Bréfritari: Jóhannes Guðmundsson
Viðtakandi: Jón Borgfirðings Jónsson
Dagsetning: A-1860-11-26
Skrifað á: Gunnsteinsstöðum  A-Hún.

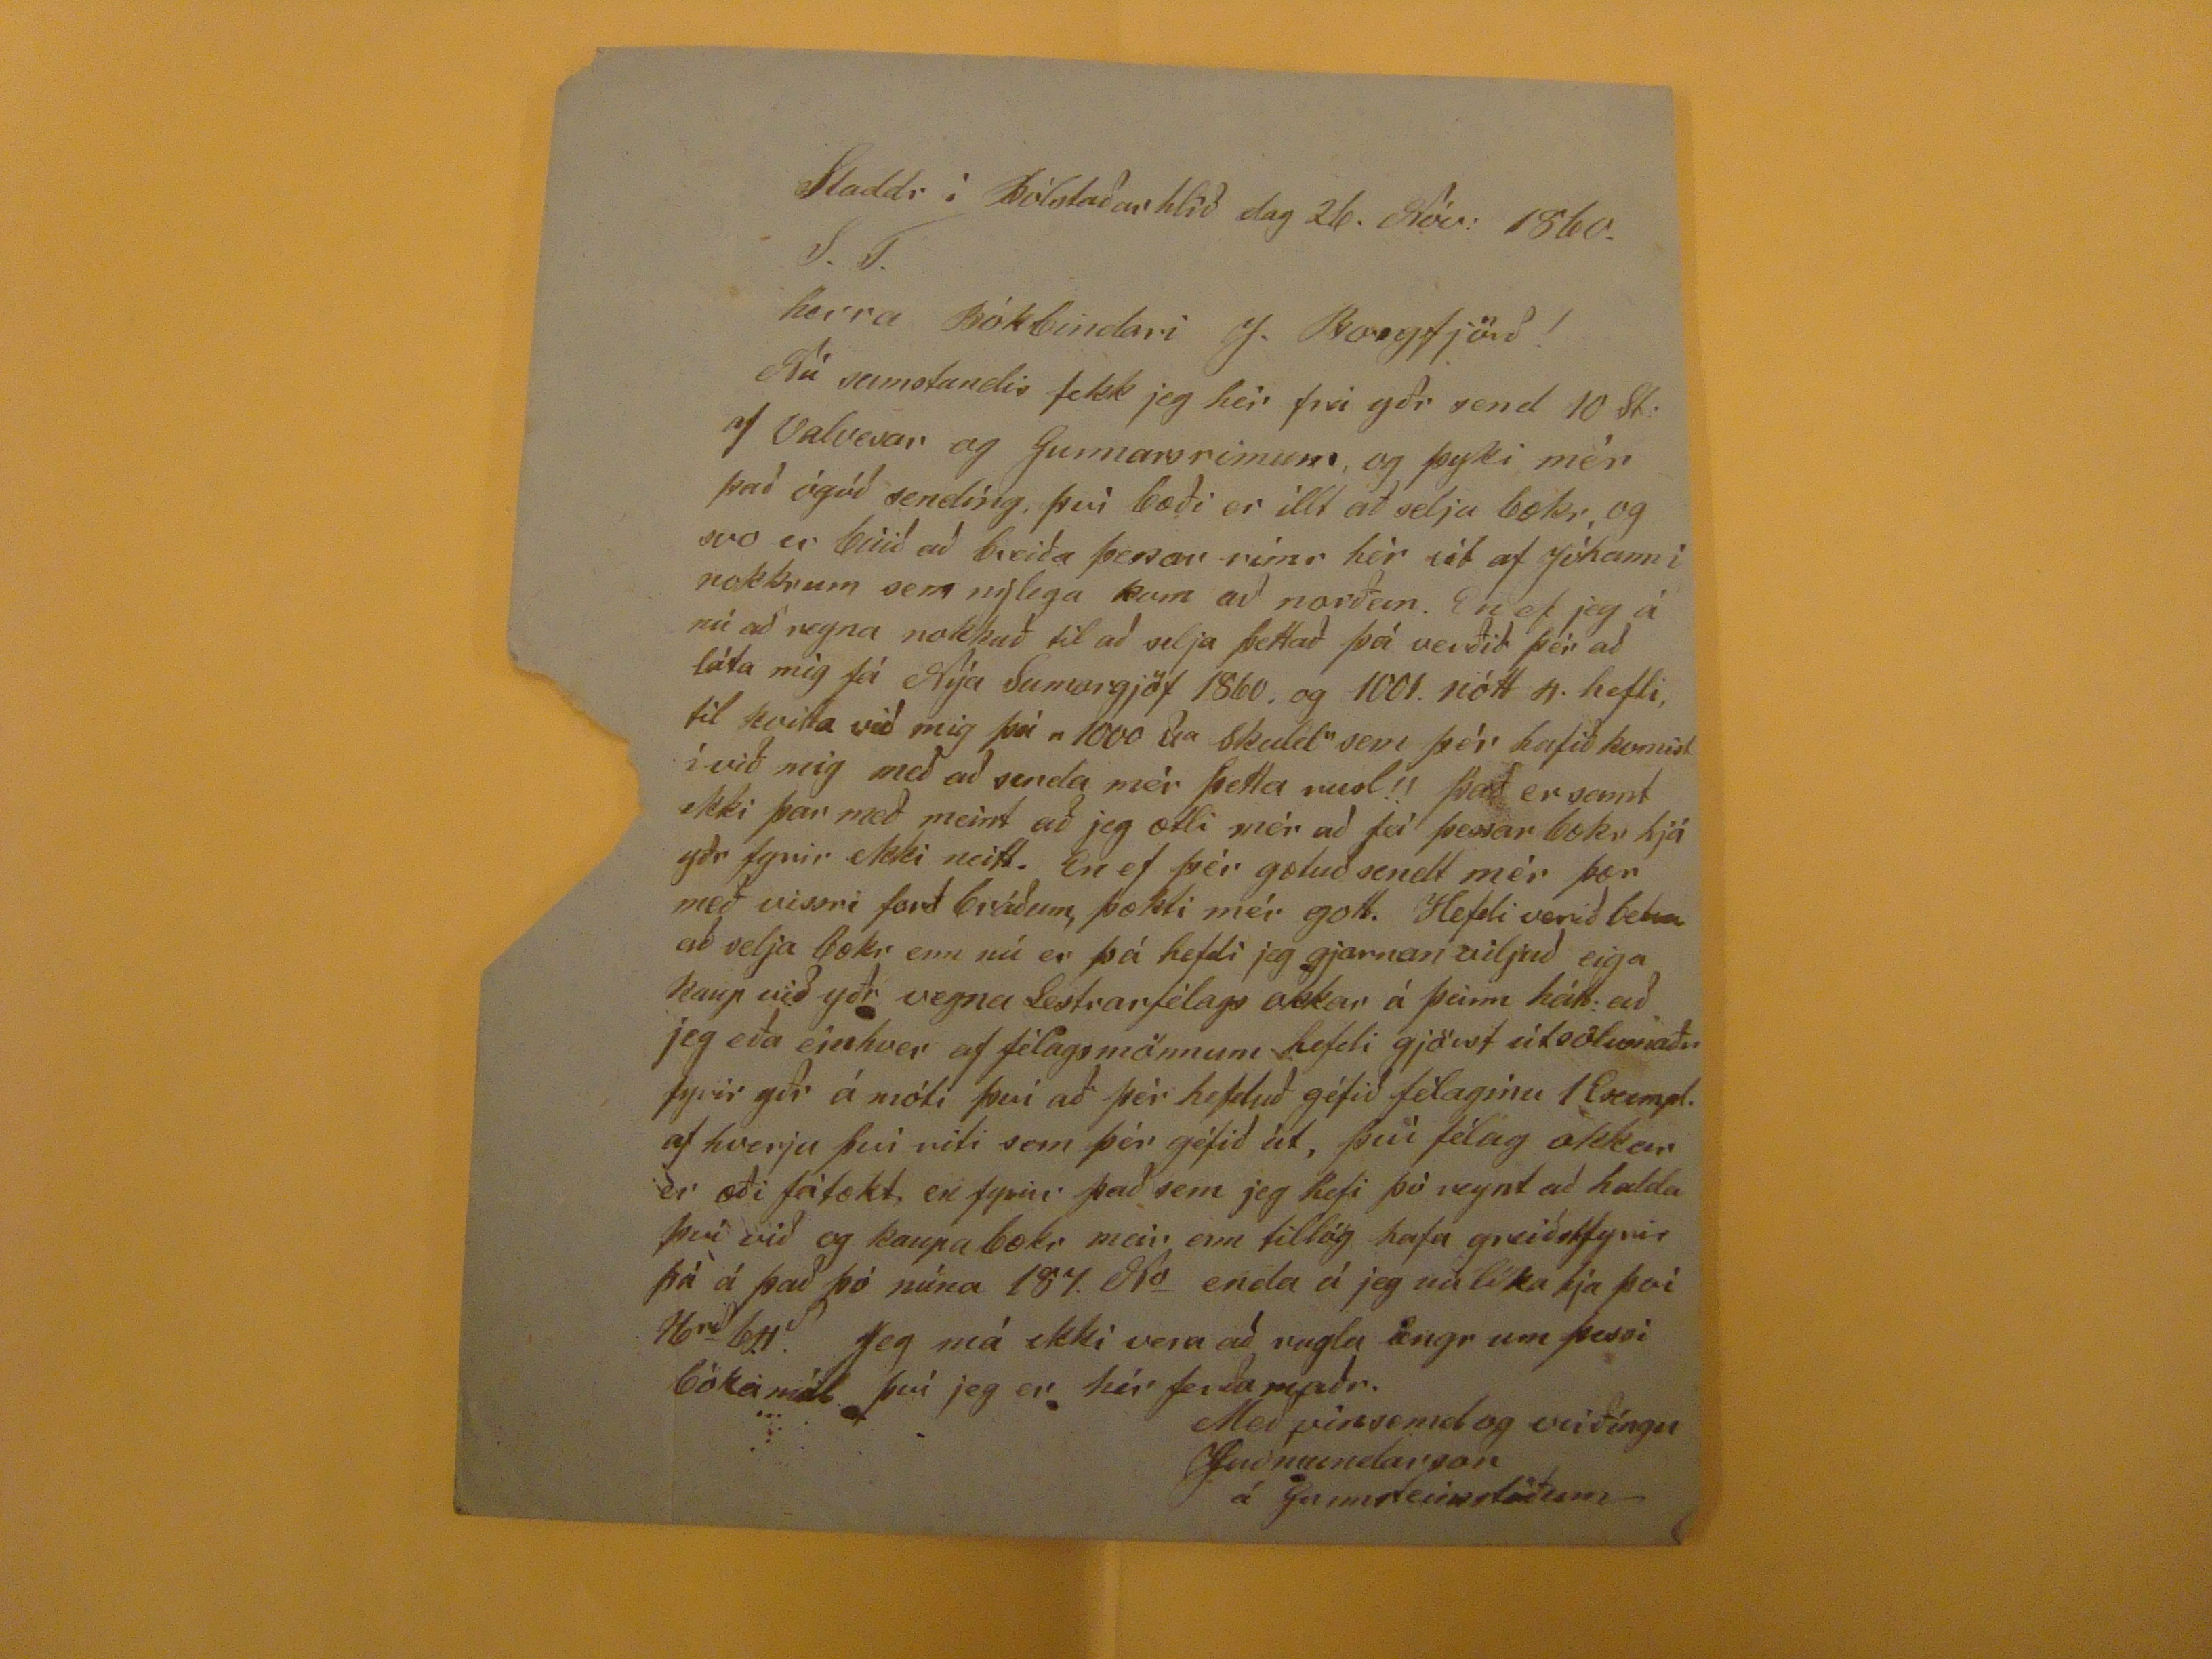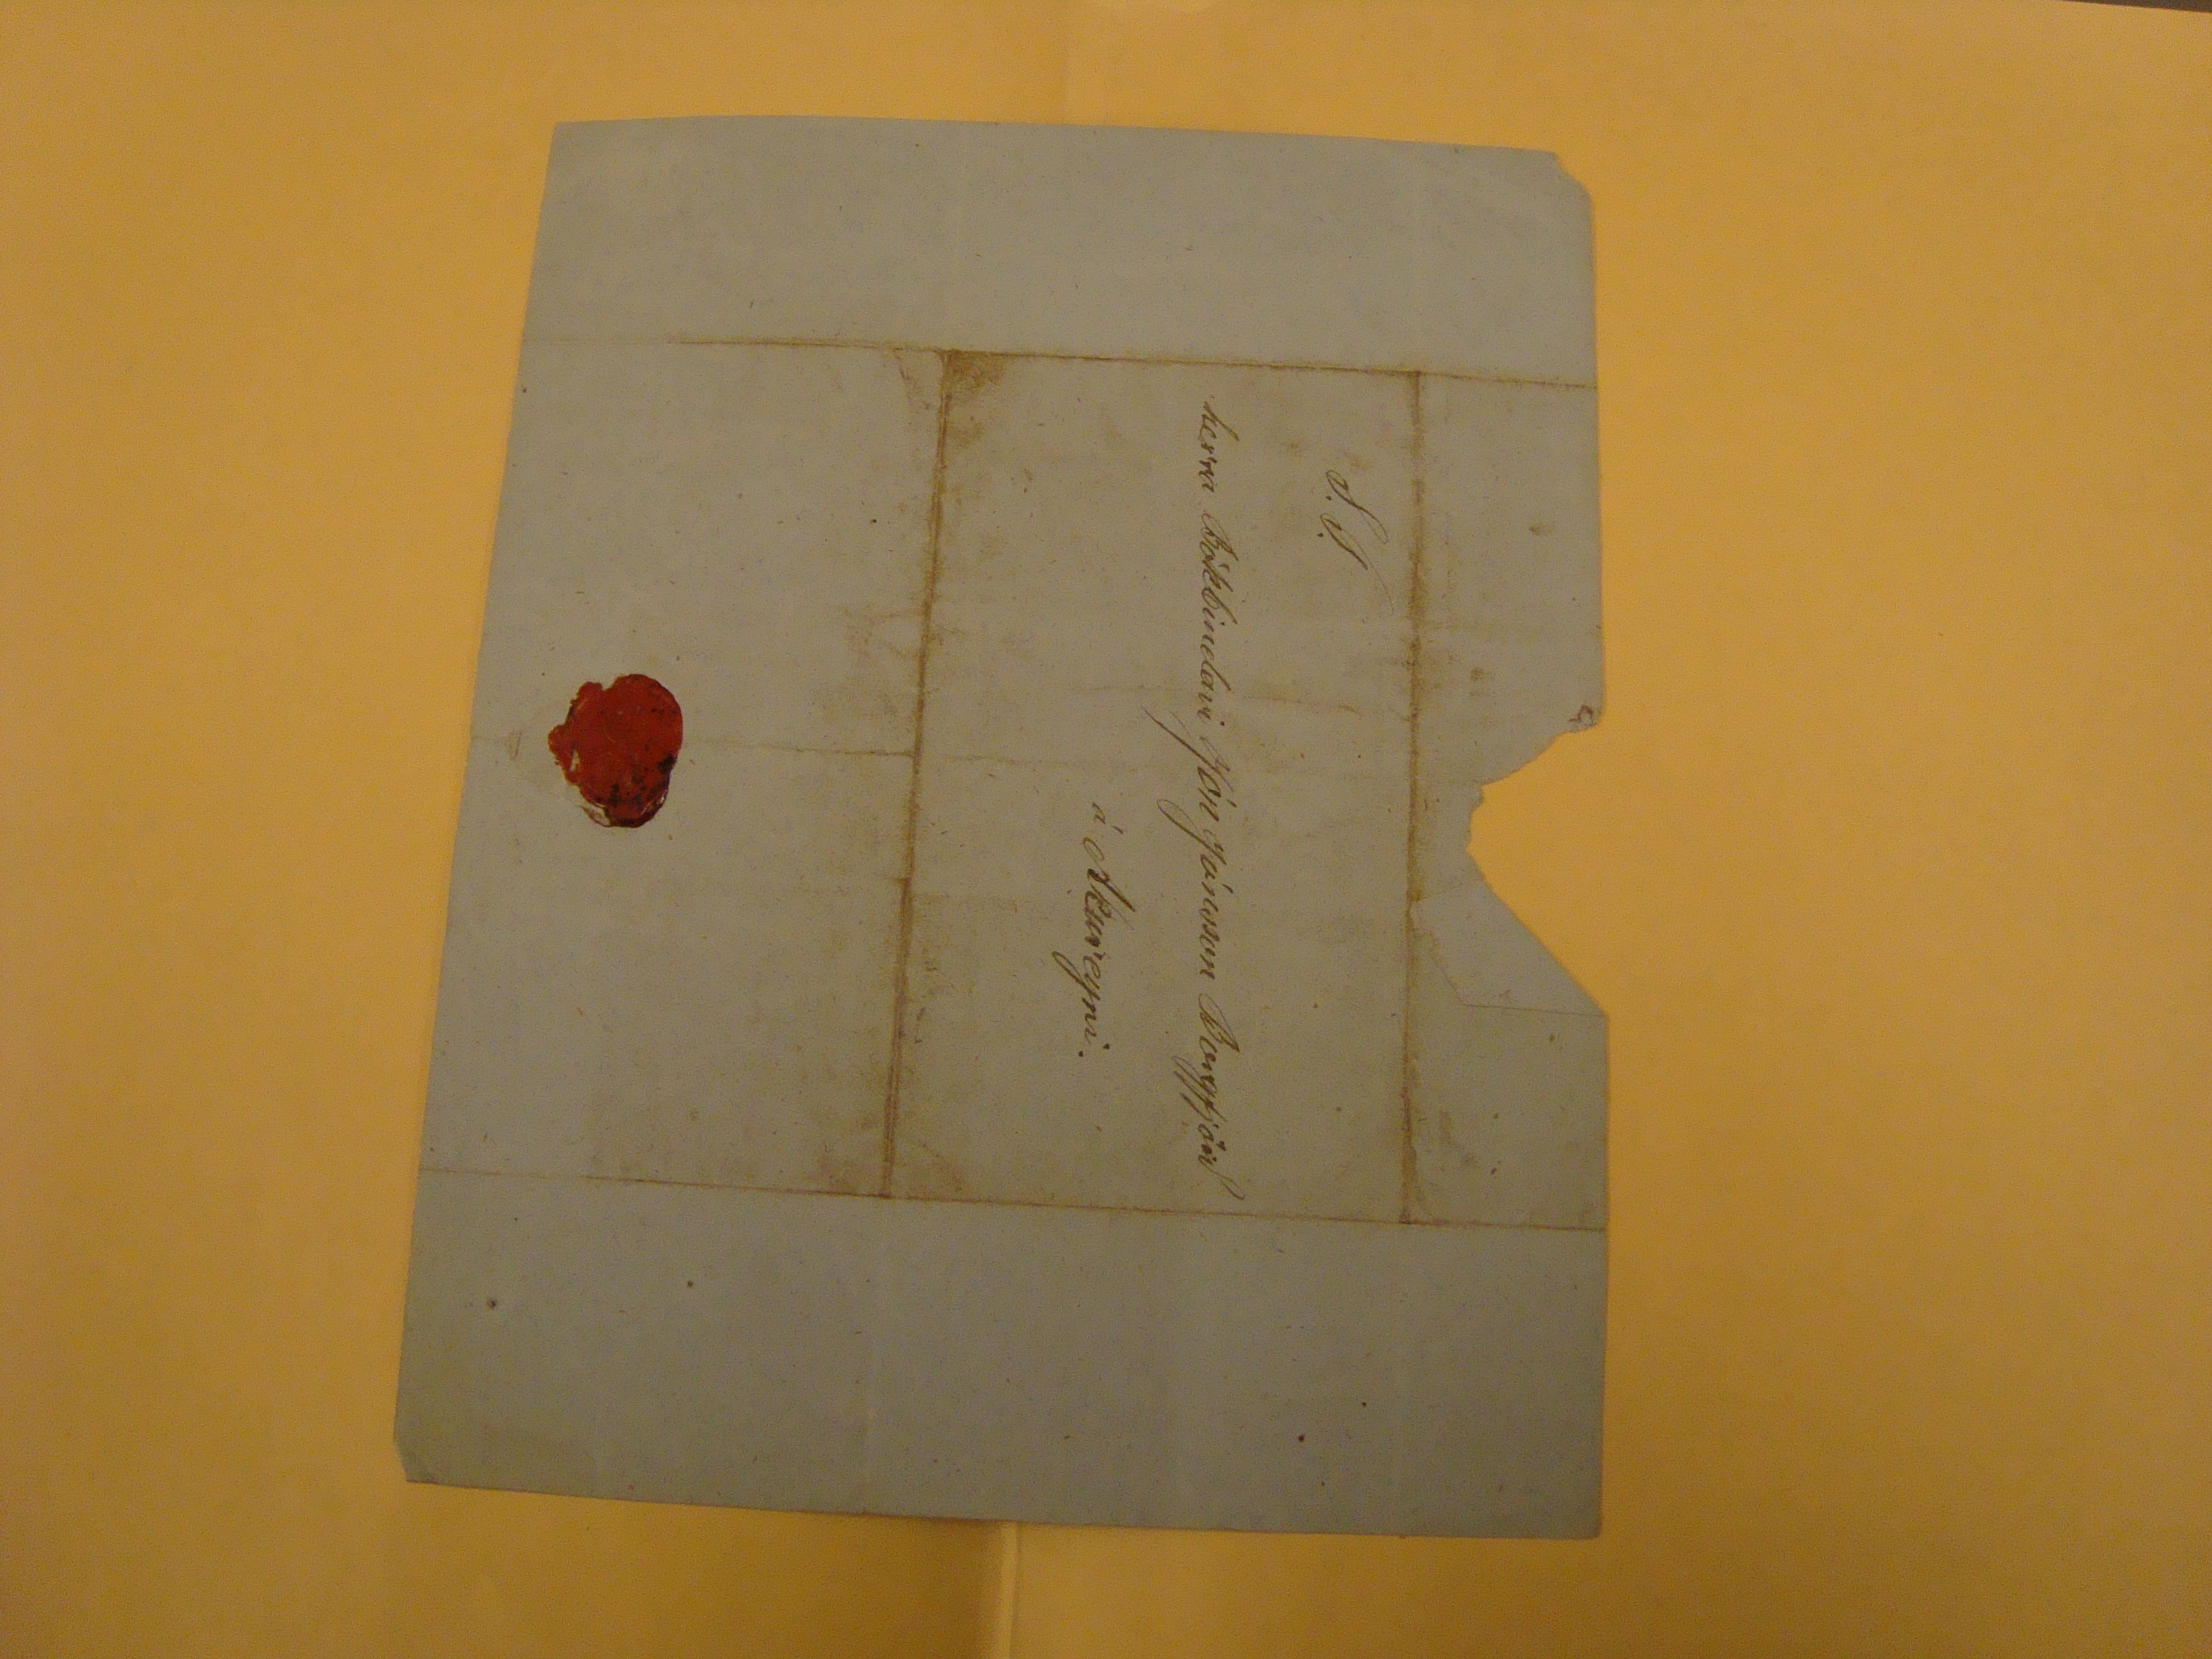

Staddr í Bólstaðarhlíð dag 26. Nóv: 1860.
S.T.
herra Bókbindari J. Borgfjörð!
Nú samstundis fekk jeg hér frá yðr send 10 St, af Valvesar og Gunnarsrimum og þyki mér það ógóð sendíng, því bæði er illt að selja bækr, og svoe r búið að breiða þessar rímr hér út af Jóhanni nokkrum sem nýlega kom að norðan. En ef jeg á nú að reyna nokkuð til að selja þettað þá verðið þér að láta mig fá Nýa Sumargjöf 1860, og 1001. nótt
4
hefti, til
kvitta
við mig þá "100
??
Skuld" sem þér hafið komist í við mig með að senda mér þetta rusl!! Það er samt ekki þar með meit að jeg ætli mjer að fá þessar bækr hjá yðr fyrir ekki neitt. En ef þér gætuð sendt mér þær með vissri ferð bráðum, þækti mér gott. Hefdi verið
betra
að selja bækr enn nú er þá hefdi jeg gjarnan viljað eiga kaup við yðr vegna lestrarfélags okkar á þeim hátt: að jeg eða einhver af félagsmönnum hefdi gjörst útsölumaðr fyrir yðr á móti því að þér heduð géfið félaginu 1 Exempl. af hverju því riti sem þér géfið út, því félag okkar er æði fátækt, en fyrir það sem jeg ehfi þó reynt að halda því við og kaupa bækr meir enn tillög hafa greiðstfyrir þá á það þó núna 187.
K
v
enda á jeg núlíka hjá því 16
rð
64
~
Jeg má ekki vera að rugla
lengr
um þessi bókamál því jeg er hér ferðamaðr.
Með vinsemd og virðíngu
JGuðmundarson á Gunnsteinsstöðum
S.T.
herra Bókbindari Jón Jónsson Borgfjörð
á Akureyri.